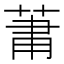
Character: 𮏒